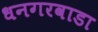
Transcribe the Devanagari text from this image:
धनगरवाडा